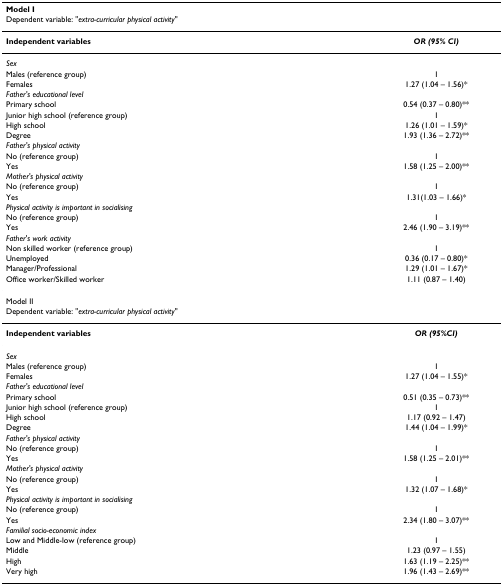
| <COLSPAN=2> Model I |
 | <COLSPAN=2> Dependent variable: "extra-curricular physical activity" |
 | --- | --- |
 | Independent variables | OR (95% CI) |
 | Sex |  |
 | Males (reference group) | 1 |
 | Females | 1.27 (1.04 – 1.56)* |
 | Father's educational level |  |
 | Primary school | 0.54 (0.37 – 0.80)** |
 | Junior high school (reference group) | 1 |
 | High school | 1.26 (1.01 – 1.59)* |
 | Degree | 1.93 (1.36 – 2.72)** |
 | Father's physical activity |  |
 | No (reference group) | 1 |
 | Yes | 1.58 (1.25 – 2.00)** |
 | Mother's physical activity |  |
 | No (reference group) | 1 |
 | Yes | 1.31(1.03 – 1.66)* |
 | Physical activity is important in socialising |  |
 | No (reference group) | 1 |
 | Yes | 2.46 (1.90 – 3.19)** |
 | Father's work activity |  |
 | Non skilled worker (reference group) | 1 |
 | Unemployed | 0.36 (0.17 – 0.80)* |
 | Manager/Professional | 1.29 (1.01 – 1.67)* |
 | Office worker/Skilled worker | 1.11 (0.87 – 1.40) |
 | <COLSPAN=2> Model II |
 | <COLSPAN=2> Dependent variable: "extra-curricular physical activity" |
 | Independent variables | OR (95%CI) |
 | Sex |  |
 | Males (reference group) | 1 |
 | Females | 1.27 (1.04 – 1.55)* |
 | Father's educational level |  |
 | Primary school | 0.51 (0.35 – 0.73)** |
 | Junior high school (reference group) | 1 |
 | High school | 1.17 (0.92 – 1.47) |
 | Degree | 1.44 (1.04 – 1.99)* |
 | Father's physical activity |  |
 | No (reference group) | 1 |
 | Yes | 1.58 (1.25 – 2.01)** |
 | Mother's physical activity |  |
 | No (reference group) | 1 |
 | Yes | 1.32 (1.07 – 1.68)* |
 | Physical activity is important in socialising |  |
 | No (reference group) | 1 |
 | Yes | 2.34 (1.80 – 3.07)** |
 | Familial socio-economic index |  |
 | Low and Middle-low (reference group) | 1 |
 | Middle | 1.23 (0.97 – 1.55) |
 | High | 1.63 (1.19 – 2.25)** |
 | Very high | 1.96 (1.43 – 2.69)** |